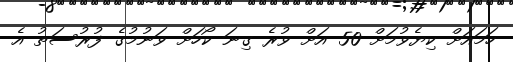
ހަމައަށް ކިޔެވުމަށް 50 އަށް ވުރެ ގިނަ ކޯހަށް ވަނުމުގެ ފުރުސަތު އެ